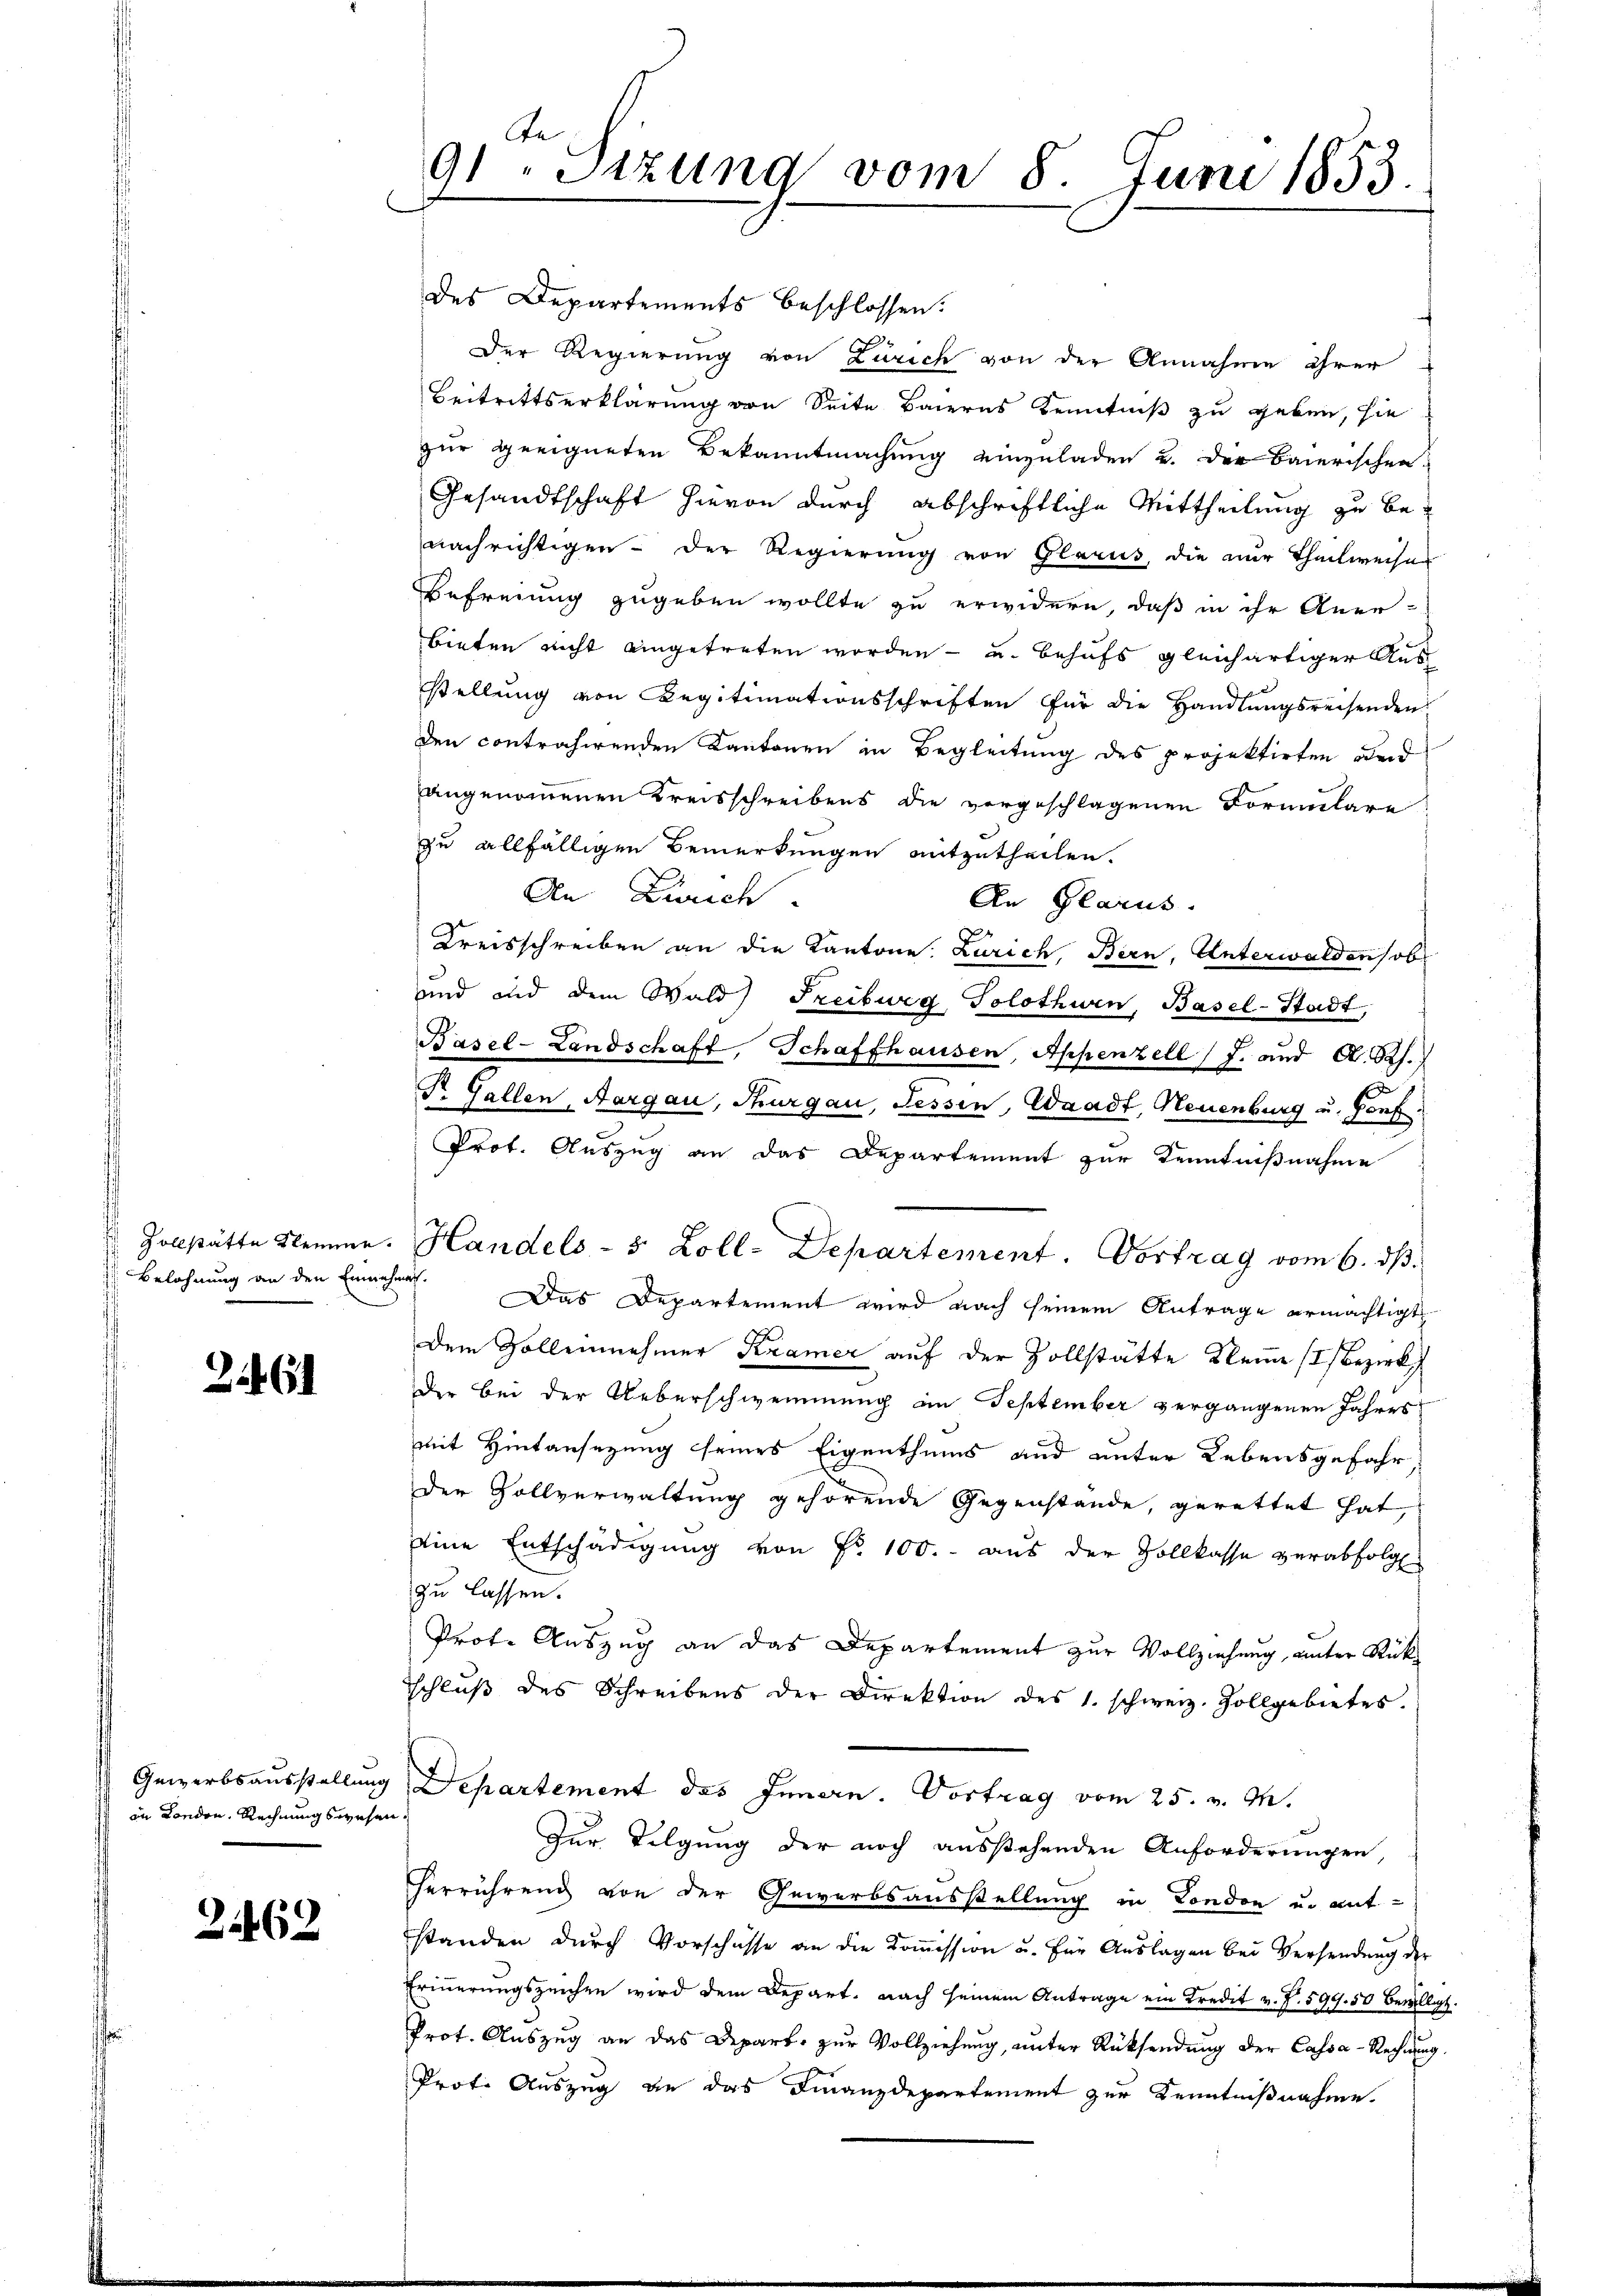
Belohnung an den Einnehmen.
d

2.461

in London, Rechnungswesen.

3462

te
91. Sizung vom 8. Juni 1853.

des Departements beschlossen.
Der Regierung von Zürich von der Annahme ihrer
Beitrittserklärung von Seite Baierns Kenntniß zu geben, sie
zur geeigneten Bekanntmachung einzuladen u. der Baierischen
Gesandtschaft hievon durch abschriftliche Mittheilung zu benachrichtigen der Regierung von Glarus, die nur Theilweiser
Befreiung zugeben wollte zu erwidern, daß in ihr Aner-
bieten nicht eingetreten worden - u. behufs gleichartiger Aus
stellung von Legitimationsschriften für die Handlungsreisenden
den contrahirenden Kantonen in Begleitung des projektirten und
angenommenen Kreisschreibens die vorgeschlagenen Formulare
zu allfälligen Bemerkungen mitzutheilen.
An Zürich
An Glarus.
Kreisschreiben an die Kantone: Zürich, Bern, Unterwalden sob
und und dem Wald) Freiburg Solothwen, Basel-Stadt,
Basel-Landschaft, Schaffhausen, Appenzell (J. und A. R.
Dr. Gallen, Aargau, Thurgau, Tessin, Waadt, Neuenburg u. Gonf.
Prot. Auszug an das Departement zur Kenntnißnahme
 Zollstätte Semme. Handels- 5 Zoll-Departement. Vortrag vom 6. dß.
Das Departement wird nach seinem Antrage ermächtigt
Dem Volleinnehmer Kramer auf der Zollstätte Kleine (Bezirk
Der bei der Ueberschwemmung an September vergangenen Jahres
mit Hintansezung seines Eigenthums und unter Lebensgefahr
der Zollverwaltung gehörende Gegenstände, gerettet hat,
eine Entschädigung von Nr. 100.- aus der Vollkasse verabfolg
zu lassen.
Prote Auszug an das Departement zur Vollziehung, unter Rückschlŭβ des Schreibens der Direktion des 1. schweiz. Zollgebietes.
Gewerbsausstellung Departement des Innern. Vortrag vom 25. v. M.
Zur Tilgung der noch ausstehenden Anforderungen,
Verrührend von der Gewerbsausstellung in London u. ant-
standen durch Vorschüsse an die Koṁission u. für Aŭslagen bei Versendung der
Erinnerungszeiche wird dem Depart. nach seinem Antrage ein Kredit v. J. 599. 50 Bewilli
Prot. Auszug an das Depart, zur Vollziehung, unter Rücksendung der Cassa-Rechnung,
Prot. Auszug an das Finanzdepartement zur Kenntnißnahme.